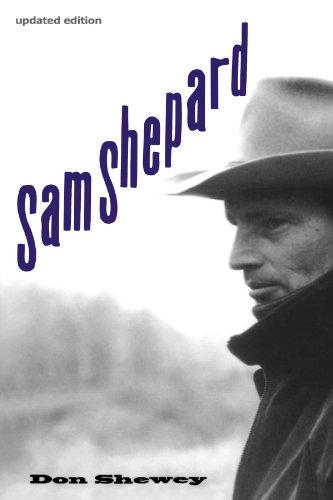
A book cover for Sam Shepard; Don Shewey; Biographies & Memoirs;